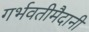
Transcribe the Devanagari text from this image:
गर्भवतीमैदानी